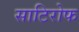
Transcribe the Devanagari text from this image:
साटिरोफ